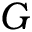
G